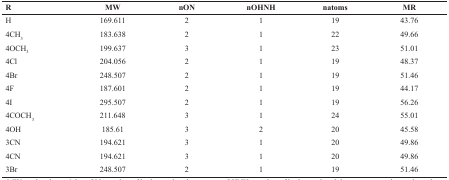
| R | MW | nON | nOHNH | natoms | MR |
 | --- | --- | --- | --- | --- | --- |
 | H | 169.611 | 2 | 1 | 19 | 43.76 |
 | 4CH3 | 183.638 | 2 | 1 | 22 | 49.66 |
 | 4OCH3 | 199.637 | 3 | 1 | 23 | 51.01 |
 | 4Cl | 204.056 | 2 | 1 | 19 | 48.37 |
 | 4Br | 248.507 | 2 | 1 | 19 | 51.46 |
 | 4F | 187.601 | 2 | 1 | 19 | 44.17 |
 | 4I | 295.507 | 2 | 1 | 19 | 56.26 |
 | 4COCH3 | 211.648 | 3 | 1 | 24 | 55.01 |
 | 4OH | 185.61 | 3 | 2 | 20 | 45.58 |
 | 3CN | 194.621 | 3 | 1 | 20 | 49.86 |
 | 4CN | 194.621 | 3 | 1 | 20 | 49.86 |
 | 3Br | 248.507 | 2 | 1 | 19 | 51.46 |